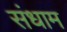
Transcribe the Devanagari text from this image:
संधाम